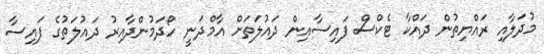
މުދަލާއި ރައްޔިތުން ދައްކާ ޓެކްސް ފައިސާއިން ދައުލަތަށް އާމްދަނީ ހޯދަމުންދާއިރު ދައުލަތުގެ ފައިސާ